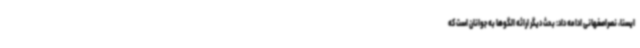
ایسنا، نصراصفهانی ادامه داد: بحث دیگر ارائه الگوها به جوانان است که